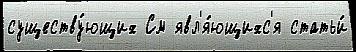
существу́ющих См явл'я́ющихс'я статьи́